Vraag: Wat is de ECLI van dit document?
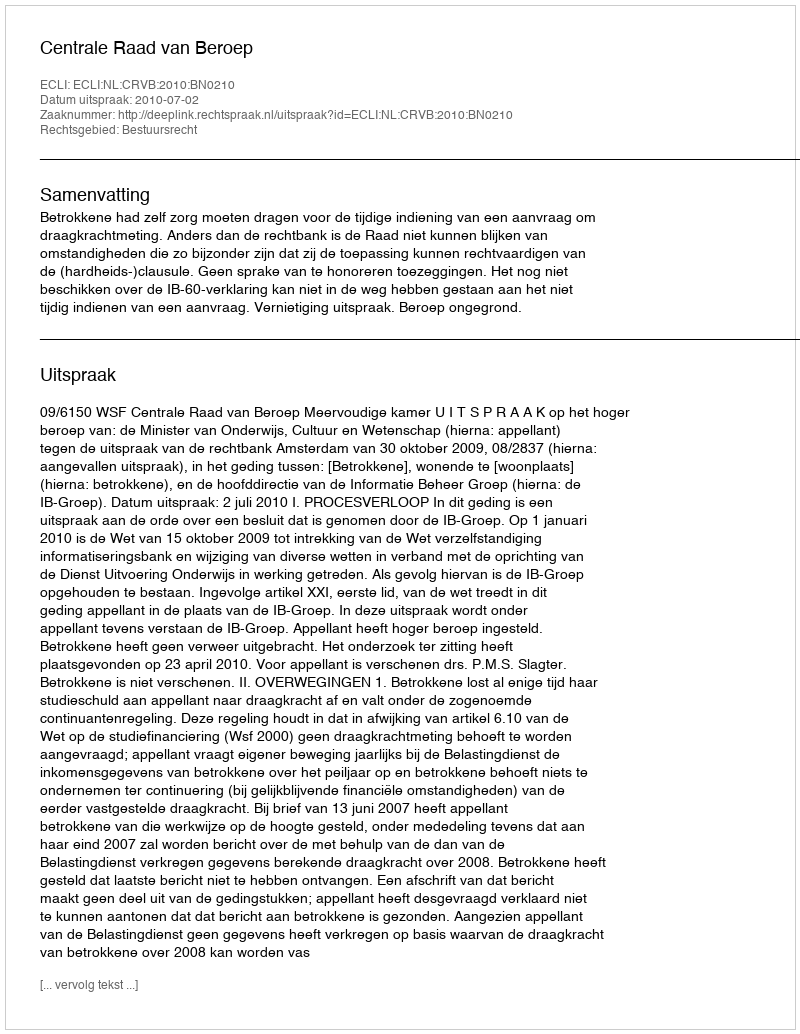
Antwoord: ECLI:NL:CRVB:2010:BN0210